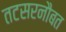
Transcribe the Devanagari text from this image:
तटसरनौबत